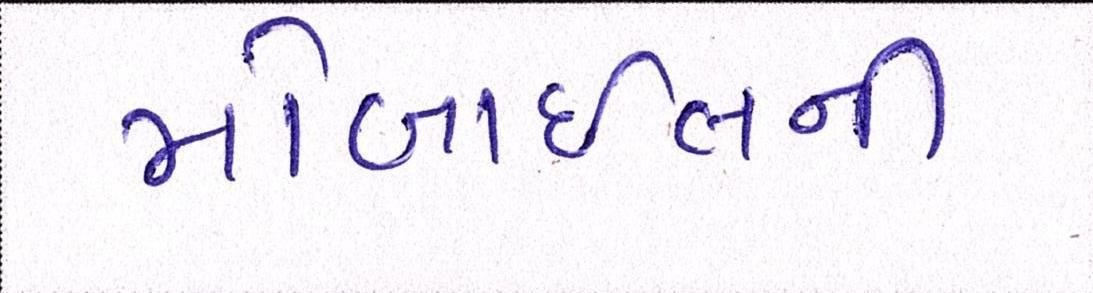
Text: મોબાઈલની